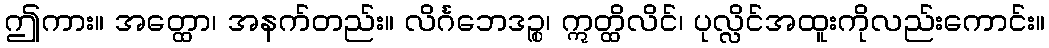
ဤကား။ အတ္ထော၊ အနက်တည်း။ လိင်္ဂဘေဒဉ္စ၊ ဣတ္ထိလိင်၊ ပုလ္လိင်အထူးကိုလည်းကောင်း။